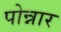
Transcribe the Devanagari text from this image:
पोन्नार